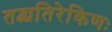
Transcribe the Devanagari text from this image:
तद्व्यतिरेकिणः